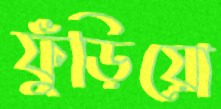
ফুঁড়িয়ো